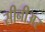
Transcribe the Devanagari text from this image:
सीनीअर